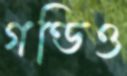
গণ্ডিও